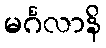
မင်္ဂလာနိ